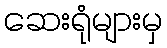
ဆေးရုံများမှ